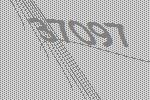
37097